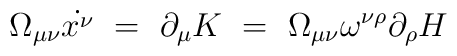
\Omega_{\mu\nu} \dot{x^\nu} ~=~ \partial_\mu K ~=~ \Omega_{\mu\nu}\omega^{\nu\rho} \partial_\rho H